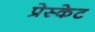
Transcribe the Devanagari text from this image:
प्रेस्केट